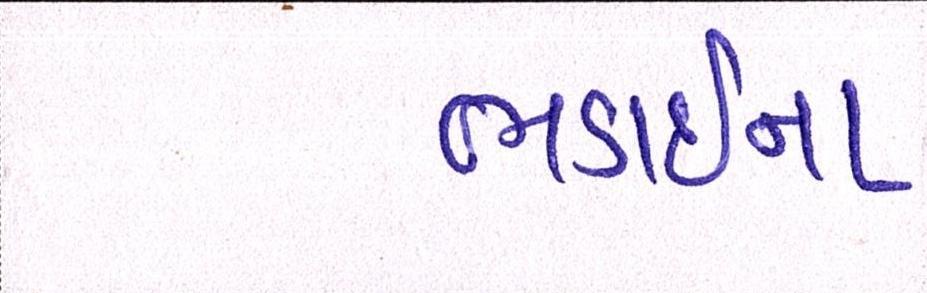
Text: ભડાઈના